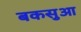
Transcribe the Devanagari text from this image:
बकसुआ